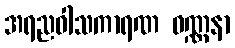
အရညဝါသကာရဏ ဝဏ္ဏနာ